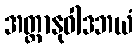
အတ္တာနုဝါဒဘယံ